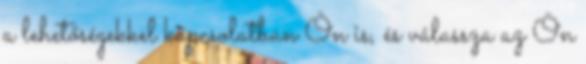
a lehetőségekkel kapcsolatban Ön is, és válassza az Ön